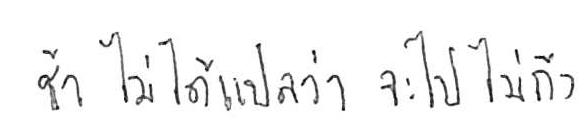
ช้า ไม่ได้แปลว่า จะไปไม่ถึง